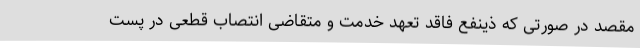
مقصد در صورتی که ذینفع فاقد تعهد خدمت و متقاضی انتصاب قطعی در پست